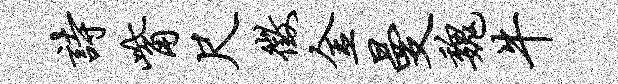
诗觜尺征金曼魏牛